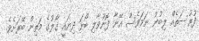
ފުރުސަތެއް ލިބުނު ނަމަވެސް އޭނާ ފޮނުވާލި ބޯޅަ ދިޔައީ ގޯލުގެ މަތިން ބޭރަށެވެ.